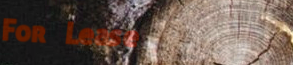
For Lease